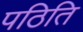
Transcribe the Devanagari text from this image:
पठिति